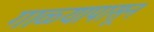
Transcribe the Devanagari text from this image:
गाळ्यापासून